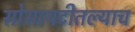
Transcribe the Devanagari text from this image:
सोसायटीतल्याच